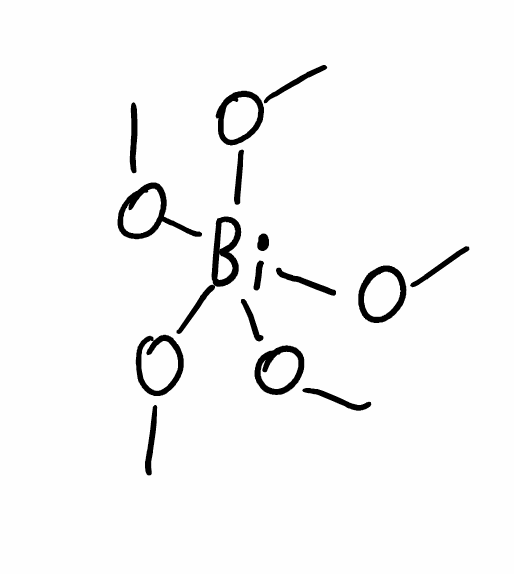
Simplified molecular-input line-entry system (SMILES) notation of the given molecule:
CO[Bi](OC)(OC)(OC)OC